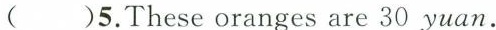
( )5.These oranges are 30 yuan.